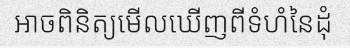
អាចពិនិត្យមើលឃើញពីទំហំនៃដុំ